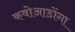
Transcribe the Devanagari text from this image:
कवोआडोंगा